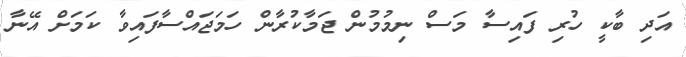
އަދި ބާކީ ހުރި ފައިސާ މަސް ނިމުމުން ޖަމާކުރާން ހަމަޖައްސާފައިވާ ކަމަށް އޭނާ